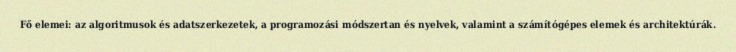
Fő elemei: az algoritmusok és adatszerkezetek, a programozási módszertan és nyelvek, valamint a számítógépes elemek és architektúrák.